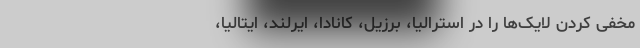
مخفی کردن لایک‌ها را در استرالیا، برزیل، کانادا، ایرلند، ایتالیا،